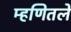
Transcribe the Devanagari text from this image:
म्हणितले